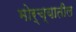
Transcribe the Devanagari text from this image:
मोर्च्यातील